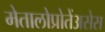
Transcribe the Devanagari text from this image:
मेतालोप्रोतेंअसेस